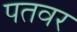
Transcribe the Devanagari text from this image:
पतवर